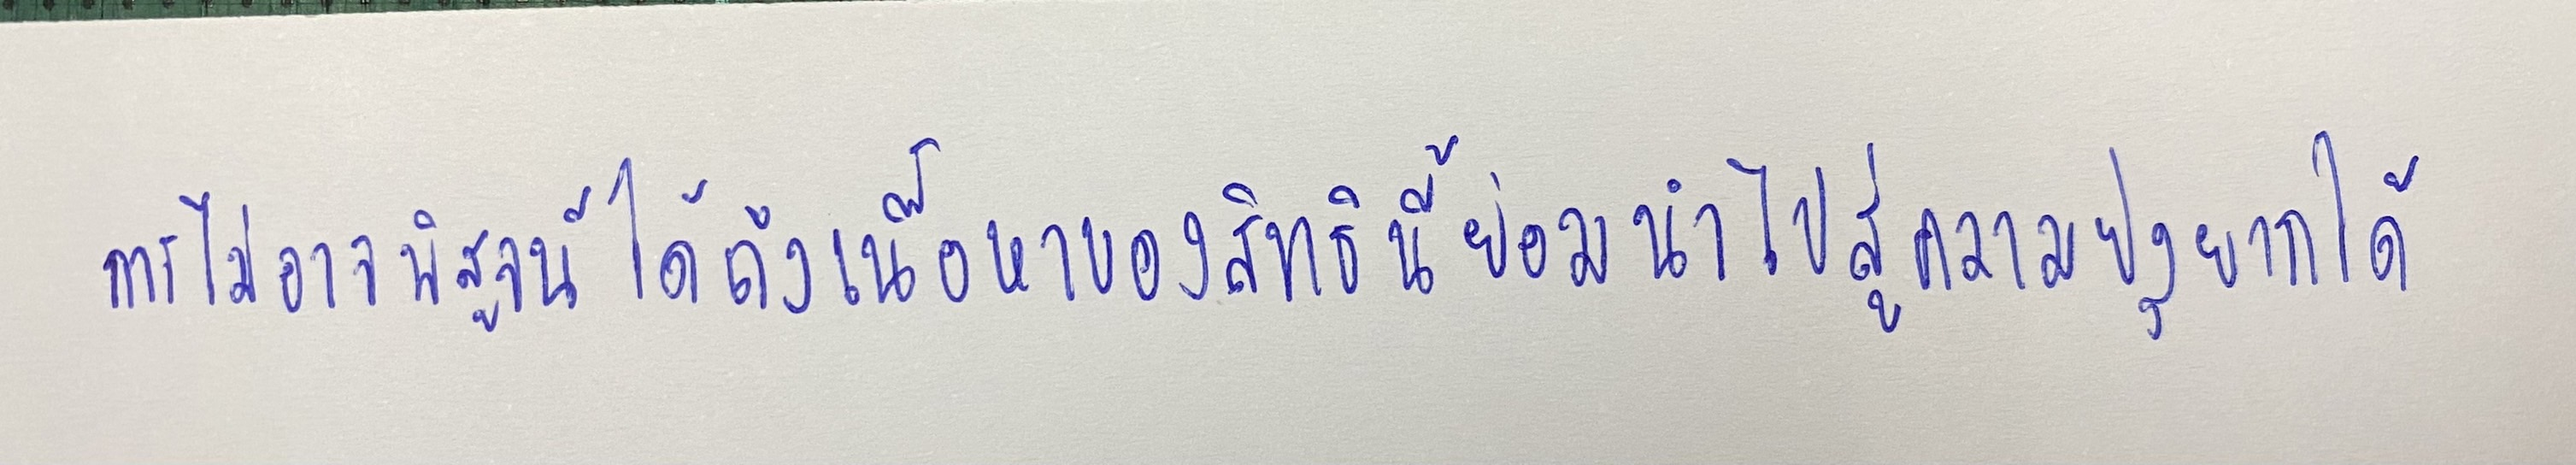
การไม่อาจพิสูจน์ได้ถึงเนื้อหาของสิทธินี้ย่อมนำไปสู่ความยุ่งยากได้